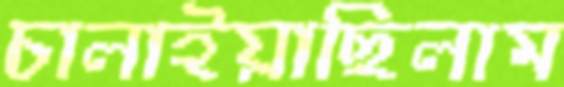
চালাইয়াছিলাম